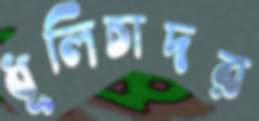
ধূলিচাদর